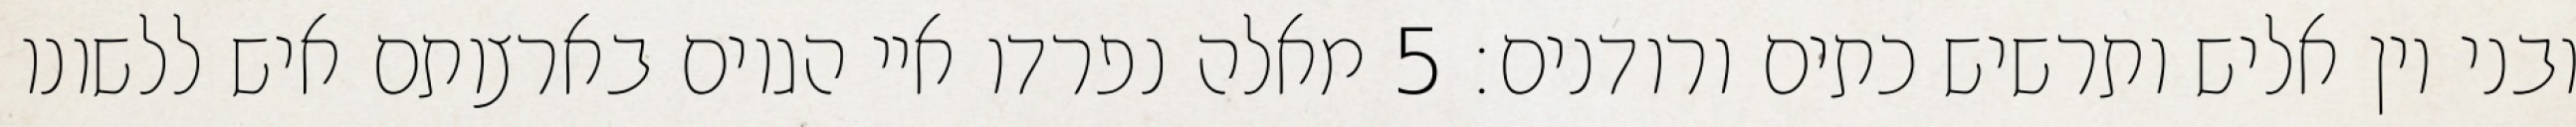
ובני יון אליש ותרשיש כתים ורודנים׃ ‎5‏ מאלה נפרדו איי הגוים בארצותם איש ללשונו